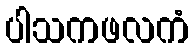
ပါသကဖလကံ